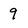
Character: 9